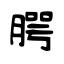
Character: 腭